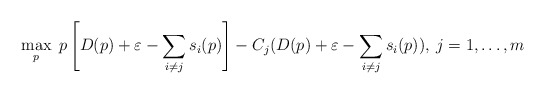
\begin{align*}\max_{p}\; p\left[D(p)+\varepsilon-\sum_{i\ne j}s_{i}(p)\right]-C_{j}(D(p)+\varepsilon-\sum_{i\ne j}s_{i}(p)),\: j=1,\dots,m\end{align*}